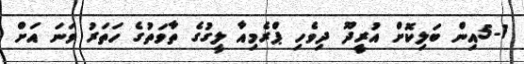
5-1އިން ބަލިކޮށް އުރީދޫ ދިވެހި ޕްރެމިއާ ލީގުގެ ތާވަތުގެ ހަތަރު ވަނަ އަށް